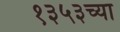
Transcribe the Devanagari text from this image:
१३५३च्या